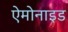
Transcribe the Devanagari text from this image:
ऐमोनाइड